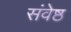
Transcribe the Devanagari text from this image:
संवेष्ठ